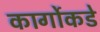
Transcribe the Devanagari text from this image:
कार्गोकडे